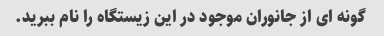
گونه ای از جانوران موجود در این زیستگاه را نام ببرید.